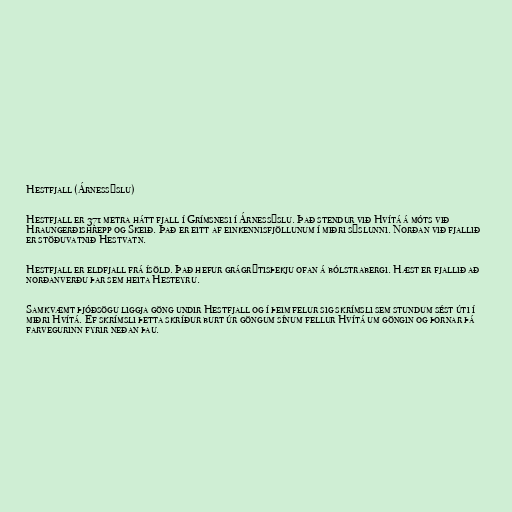
Hestfjall (Árnessýslu)

Hestfjall er 371 metra hátt fjall í Grímsnesi í Árnessýslu. Það stendur við Hvítá á móts við
Hraungerðishrepp og Skeið. Það er eitt af einkennisfjöllunum í miðri sýslunni. Norðan við fjallið
er stöðuvatnið Hestvatn.

Hestfjall er eldfjall frá ísöld. Það hefur grágrýtisþekju ofan á bólstrabergi. Hæst er fjallið að
norðanverðu þar sem heita Hesteyru.

Samkvæmt þjóðsögu liggja göng undir Hestfjall og í þeim felur sig skrímsli sem stundum sést úti í
miðri Hvítá. Ef skrímsli þetta skríður burt úr göngum sínum fellur Hvítá um göngin og þornar þá
farvegurinn fyrir neðan þau.